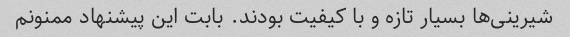
شیرینی‌ها بسیار تازه و با کیفیت بودند. بابت این پیشنهاد ممنونم